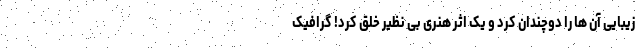
زیبایی آن ها را دوچندان کرد و یک اثر هنری بی نظیر خلق کرد! گرافیک